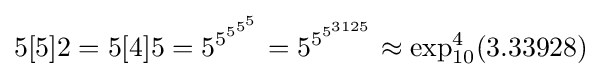
5[5]2=5[4]5=5^{5^{5^{5^{5}}}}=5^{5^{5^{3125}}}\approx \exp _{10}^{4}(3.33928)